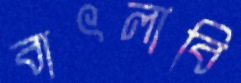
বাৎলাবি